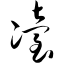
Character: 冶